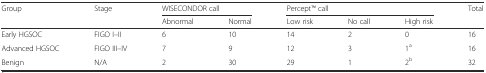
| <ROWSPAN=2> Group | <ROWSPAN=2> Stage | <COLSPAN=2> WISECONDOR call | <COLSPAN=3> PerceptTM call | <ROWSPAN=2> Total |
 | Abnormal | Normal | Low risk | No call | High risk |
 | --- | --- | --- | --- | --- | --- | --- | --- |
 | Early HGSOC | FIGO I–II | 6 | 10 | 14 | 2 | 0 | 16 |
 | Advanced HGSOC | FIGO III–IV | 7 | 9 | 12 | 3 | 1a | 16 |
 | Benign | N/A | 2 | 30 | 29 | 1 | 2b | 32 |